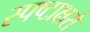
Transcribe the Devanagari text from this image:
स्पष्टाक्षरो